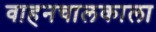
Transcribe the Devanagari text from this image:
वाहनचालकाला